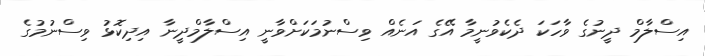
އިސްލާމް ދީނުގެ ވާހަކަ ދެކެވުނީމާ އޭގެ އަނެއް ވިސްނުމަކަށްވާނީ އިސްލާމްދީނާ އިދިކޮޅު ވިސްނުމުގެ